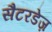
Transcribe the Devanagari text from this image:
सैटरडेज़